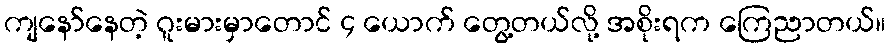
ကျနော်နေတဲ့ ဂူးမားမှာတောင် ၄ ယောက် တွေ့တယ်လို့ အစိုးရက ကြေညာတယ်။